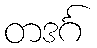
တဒင်္ဂ